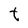
Character: t